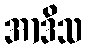
အာဒိသ